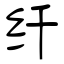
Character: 纤